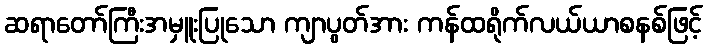
ဆရာတော်ကြီးအမှူးပြုသော ကျာပွတ်အား ကန်ထရိုက်လယ်ယာစနစ်ဖြင့်